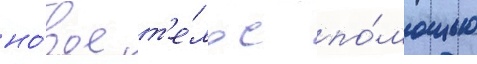
но́вое т'е́ло с по́мощью